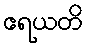
ဧရယတိ